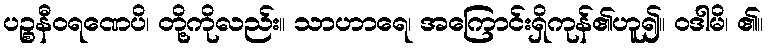
ပဉ္စနီဝရဏေပိ၊ တို့ကိုလည်း။ သာဟာရေ၊ အကြောင်းရှိကုန်၏ဟူ၍။ ဝဒါမိ၊ ၏။